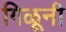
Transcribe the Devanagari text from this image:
गिळूनी